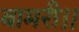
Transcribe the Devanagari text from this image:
बामरी।।